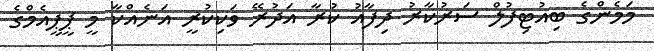
މަމެންގެ ބިއުޓިފުލް ސަރުކާރު ދިފާއު ކުރާ އަދުރޭ ވަކިކުރީ އަނެއްކާ މީ ޕީޕީއެމްގެ